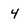
Character: 4